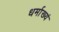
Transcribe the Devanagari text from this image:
धर्माख्यं